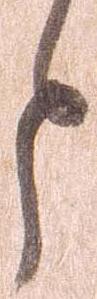
と